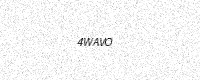
Text: 4WAVO